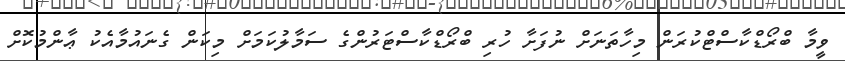
ވީމާ ބްރޯޑްކާސްޓްކުރަން މިހާތަނަށް ނުފަށާ ހުރި ބްރޯޑްކާސްޓަރުންގެ ސަމާލުކަމަށް މިކަން ގެނައުމާއެކު ޢާންމުކޮށް